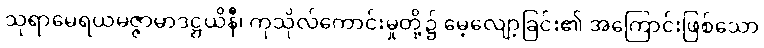
သုရာမေရယမဇ္ဇာမာဒဋ္ဌယိနီ၊ ကုသိုလ်ကောင်းမှုတို့၌ မေ့လျော့ခြင်း၏ အကြောင်းဖြစ်သော